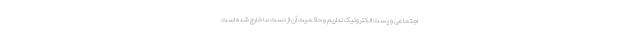
اجتماعی و پست الکترونیک نداریم و حاکمیت آن از دست ما خارج شده است